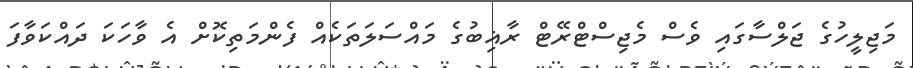
މަޖިލީހުގެ ޖަލްސާގައި ވެސް މެޖިސްޓްރޭޓް ރާޣިބުގެ މައްސަލަތަކެއް ފެންމަތިކޮށް އެ ވާހަކަ ދައްކަވާފަ